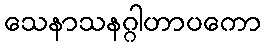
သေနာသနဂ္ဂါဟာပကော